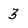
Character: 3